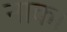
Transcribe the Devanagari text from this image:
नाक।